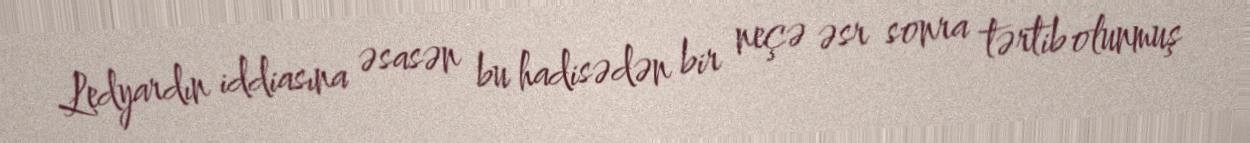
Ledyardın iddiasına əsasən bu hadisədən bir neçə əsr sonra tərtib olunmuş